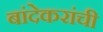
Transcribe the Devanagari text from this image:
बांदेकरांची